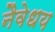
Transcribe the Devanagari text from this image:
नैवेधय